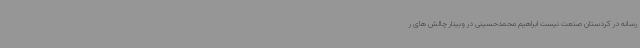
رسانه در کردستان صنعت نیست ابراهیم محمدحسینی در وبینار چالش های ر